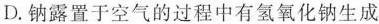
D.钠露置于空气的过程中有氢氧化钠生成